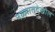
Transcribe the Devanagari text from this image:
नळ्यातदेखील